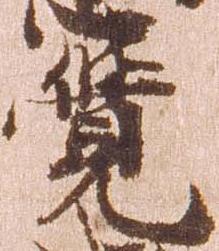
覚